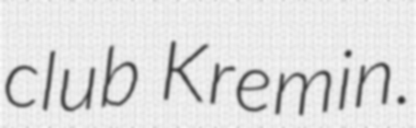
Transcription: club Kremin.